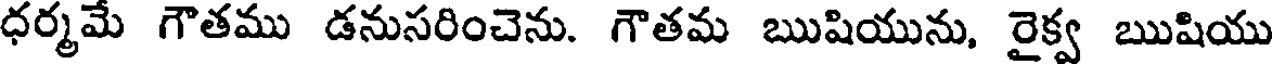
ధర్మమే గౌతము డనుసరించెను. గౌతమ ఋషియును, రైక్వ ఋషియు